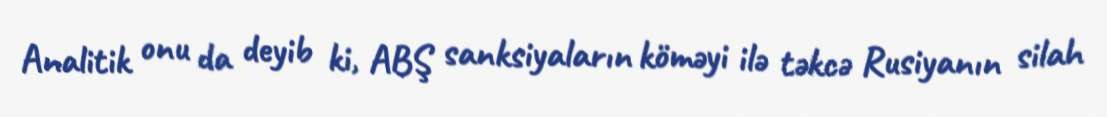
Analitik onu da deyib ki, ABŞ sanksiyaların köməyi ilə təkcə Rusiyanın silah